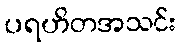
ပရဟိတအသင်း